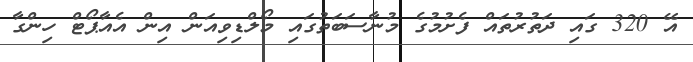
އޭ 320 ގައި ދަތުރުތައް ފެށުމުގެ މުނާސަބަތުގައި މޯލްޑިވިއަން އިން އެއާޕޯޓް ހިންގާ